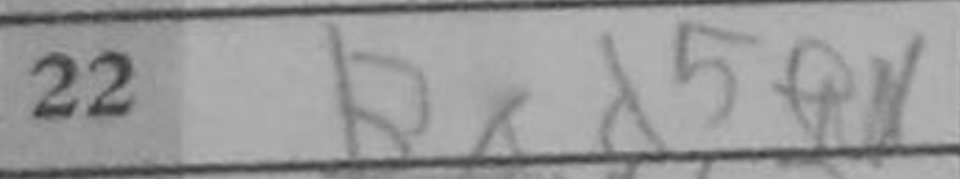
Transcription: Bxd5